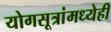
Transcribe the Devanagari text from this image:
योगसूत्रांमध्येही